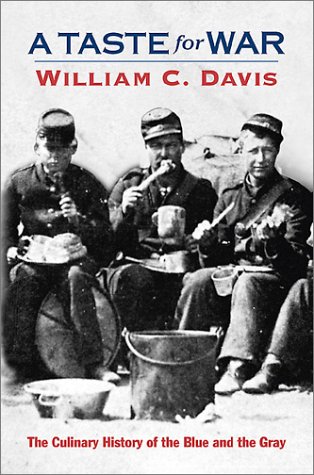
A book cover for A Taste For War: The Culinary History of the Blue and the Gray; William C. Davis; History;